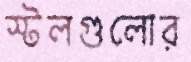
স্টলগুলোর